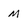
Character: m